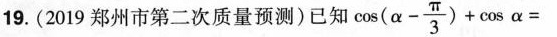
19.(2019郑州市第二次质量预测)已知 $$\cos ( α - \frac { π } { 3 } ) + \cos α =